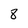
Character: 8